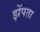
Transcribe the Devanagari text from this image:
झेंपता